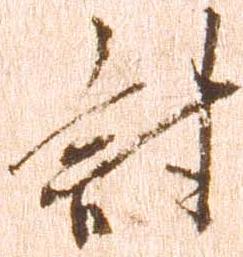
討